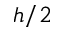
h / 2